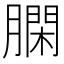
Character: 𦠯